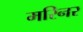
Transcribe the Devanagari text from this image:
मरिनर